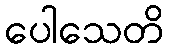
ပေါသေတိ